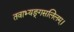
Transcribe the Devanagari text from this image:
तवाभ्यङ्गसलिलम्।